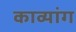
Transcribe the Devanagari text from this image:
काव्यांग